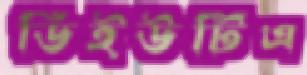
ডিইউটিএ